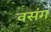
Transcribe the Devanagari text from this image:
वसंग